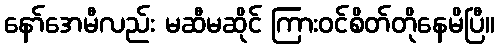
နော်အေမီလည်း မဆီမဆိုင် ကြားဝင်စိတ်တိုနေမိပြီ။